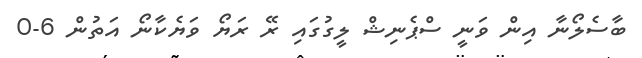
ބާސެލޯނާ އިން ވަނީ ސްޕެނިޝް ލީގުގައި ރޭ ރަޔޯ ވަޔެކާނޯ އަތުން 6-0